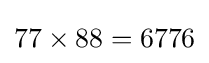
77\times 88=6776